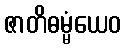
ဇာတိဓမ္မံယေဝ